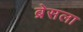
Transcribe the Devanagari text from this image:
ब्रेसला